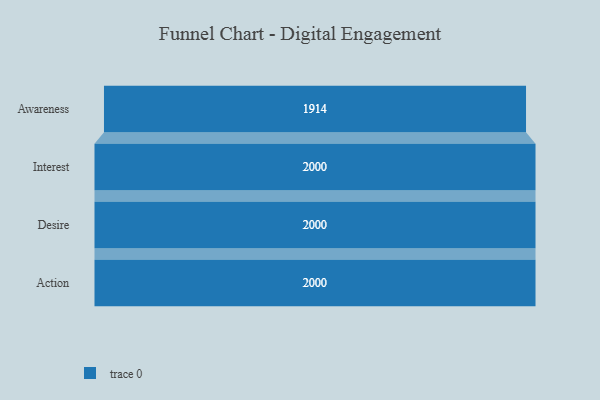
{"axis": {"x": "Stage", "y": "Value"}, "legend": [""], "data": [{"x": "Awareness", "y": 1914.0, "type": ""}, {"x": "Interest", "y": 2000, "type": ""}, {"x": "Desire", "y": 2000, "type": ""}, {"x": "Action", "y": 2000, "type": ""}]}